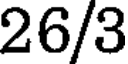
26/3